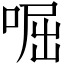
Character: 啒